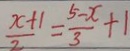
\frac { x + 1 } { 2 } = \frac { 5 - x } { 3 } + 1